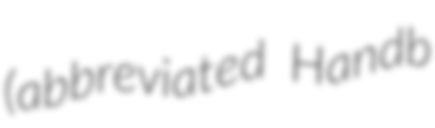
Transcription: (abbreviated Handb